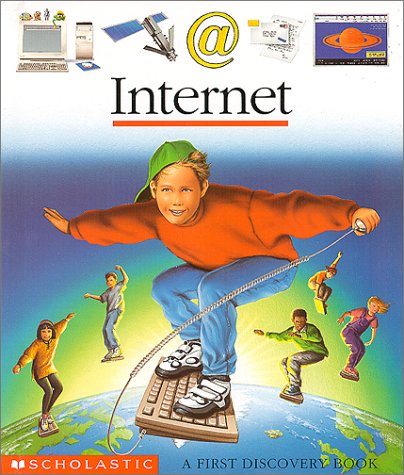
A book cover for Internet (First Discovery Books); Jean-Phillipe Chabot; Children's Books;